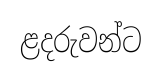
ළදරුවන්ට